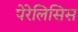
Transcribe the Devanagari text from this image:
पेरेलिसिस